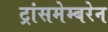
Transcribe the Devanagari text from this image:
ट्रांसमेम्बरेन